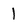
Character: I